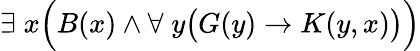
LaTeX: \exists\; x{\Big(}B(x)\land\forall\; y{\big(}G(y)\rightarrow K(y,x){\big)}{\Big)}